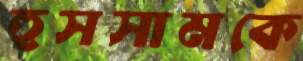
হুসসামকে